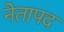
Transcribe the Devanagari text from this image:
नेतापद